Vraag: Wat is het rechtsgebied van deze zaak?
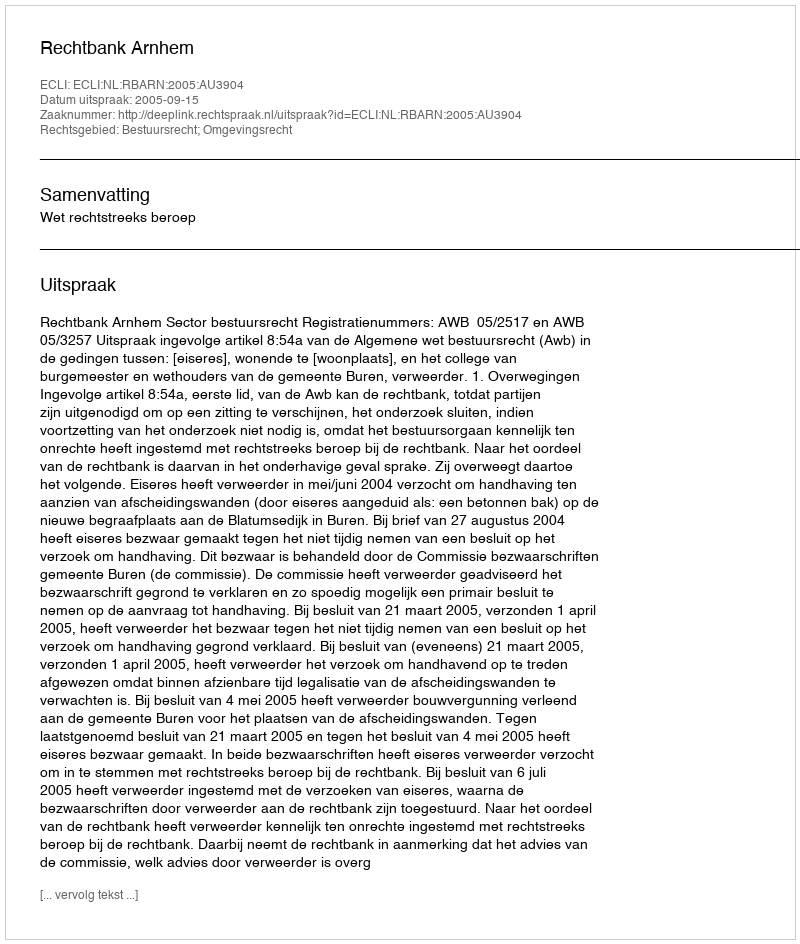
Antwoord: Bestuursrecht; Omgevingsrecht